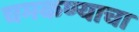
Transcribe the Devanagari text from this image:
चमकण्याचा